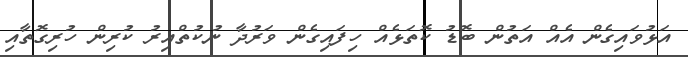
އަޅުވައިގެން އެއް އަތުން ބޮޑު ކޮތަޅެއް ހިފައިގެން ވަރުދާ ނުކުތްއިރު ކުރިން ހުރިގޮތާއި